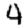
Digit: 4